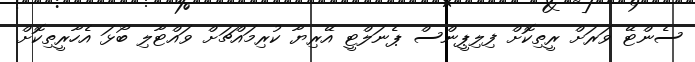
ސެންޓޭ ވަރަށް ރީތިކޮށް ފިލިޕީންސް ޕެނަލްޓީ އޭރިޔާ ކުރިމައްޗަށް ވައްޓާލި ބޯޅަ އެހާރީތިކޮށް